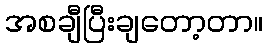
အစချီပြီးချတော့တာ။